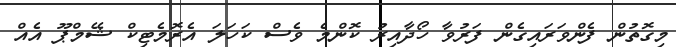
މިގޮތުން ފެންވަރައިގެން ފަރުވާ ހޯދާއިރު ކޮންމެ ވެސް ކަހަލަ އެރޮމެޓިކް ޝޭމްޕޫ އެއް